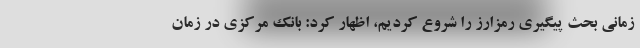
زمانی بحث پیگیری رمزارز را شروع کردیم، اظهار کرد: بانک مرکزی در زمان